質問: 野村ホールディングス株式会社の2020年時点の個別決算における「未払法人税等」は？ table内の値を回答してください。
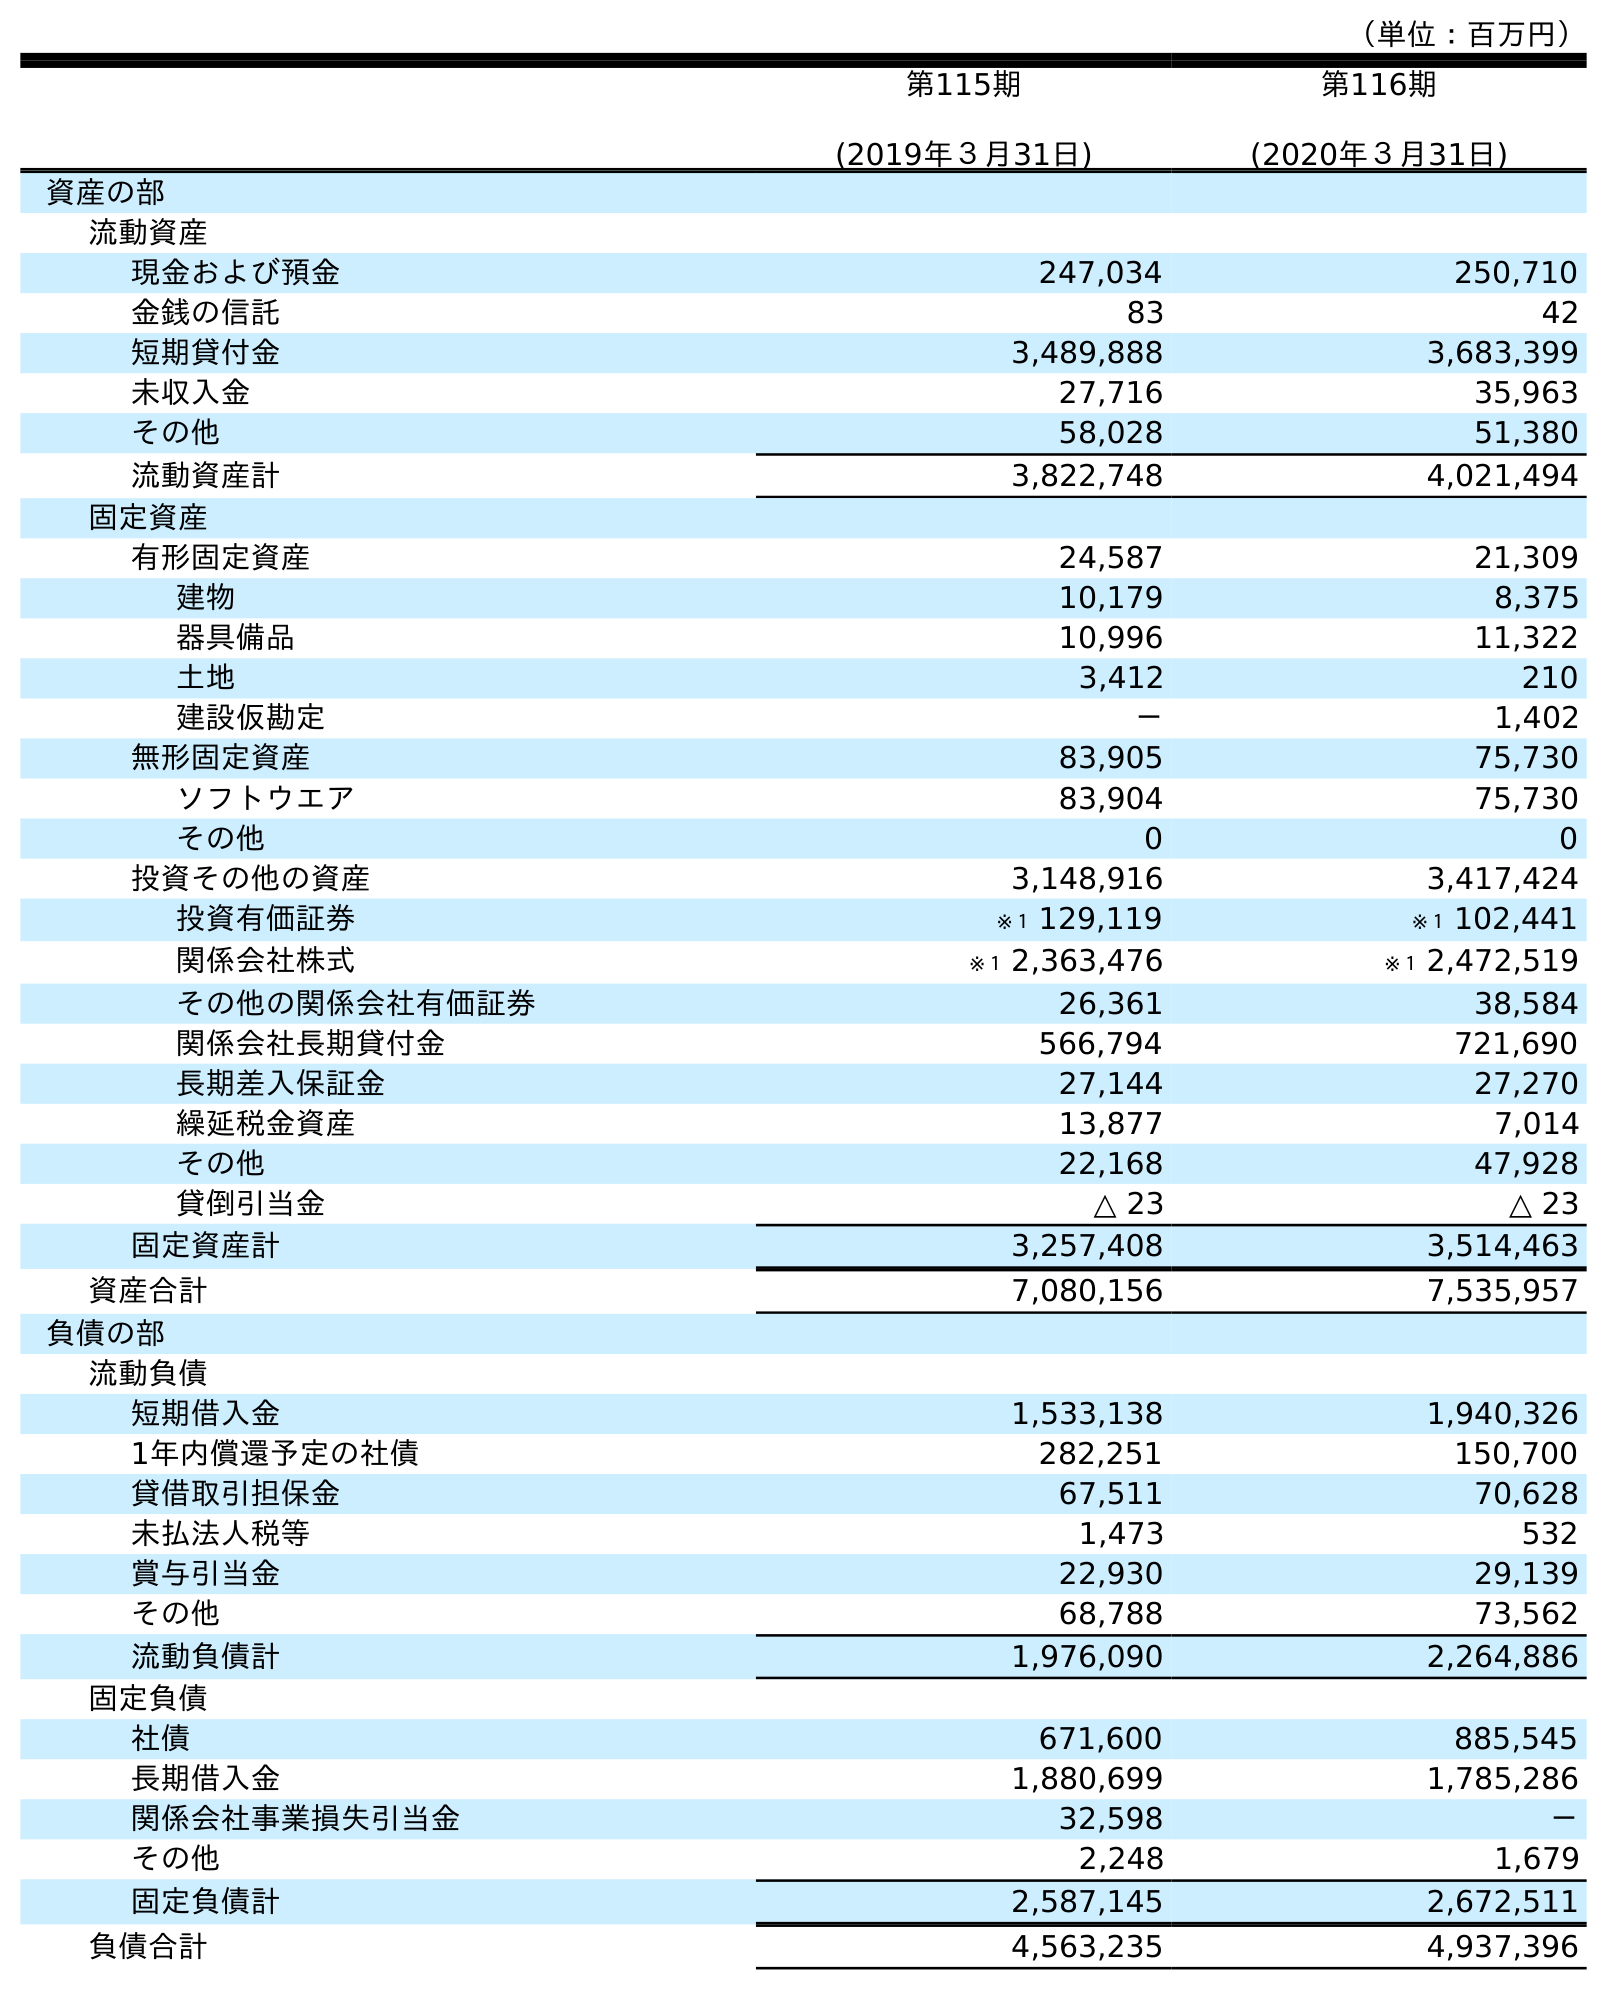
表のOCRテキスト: （単位：百万円） 第115期 (2019年３月31日) 第116期 (2020年３月31日) 資産の部 流動資産 現金および預金 247,034 250,710 金銭の信託 83 42 短期貸付金 3,489,888 3,683,399 未収入金 27,716 35,963 その他 58,028 51,380 流動資産計 3,822,748 4,021,494 固定資産 有形固定資産 24,587 21,309 建物 10,179 8,375 器具備品 10,996 11,322 土地 3,412 210 建設仮勘定 － 1,402 無形固定資産 83,905 75,730 ソフトウエア 83,904 75,730 その他 0 0 投資その他の資産 3,148,916 3,417,424 投資有価証券 ※１ 129,119 ※１ 102,441 関係会社株式 ※１ 2,363,476 ※１ 2,472,519 その他の関係会社有価証券 26,361 38,584 関係会社長期貸付金 566,794 721,690 長期差入保証金 27,144 27,270 繰延税金資産 13,877 7,014 その他 22,168 47,928 貸倒引当金 △ 23 △ 23 固定資産計 3,257,408 3,514,463 資産合計 7,080,156 7,535,957 負債の部 流動負債 短期借入金 1,533,138 1,940,326 1年内償還予定の社債 282,251 150,700 貸借取引担保金 67,511 70,628 未払法人税等 1,473 532 賞与引当金 22,930 29,139 その他 68,788 73,562 流動負債計 1,976,090 2,264,886 固定負債 社債 671,600 885,545 長期借入金 1,880,699 1,785,286 関係会社事業損失引当金 32,598 － その他 2,248 1,679 固定負債計 2,587,145 2,672,511 負債合計 4,563,235 4,937,396
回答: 532